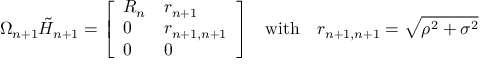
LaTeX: \Omega _ { n + 1 } { \tilde { H } } _ { n + 1 } = { \left[ \begin{array} { l l } { R _ { n } } & { r _ { n + 1 } } \\ { 0 } & { r _ { n + 1 , n + 1 } } \\ { 0 } & { 0 } \end{array} \right] } \quad { \mathrm { w i t h } } \quad r _ { n + 1 , n + 1 } = { \sqrt { \rho ^ { 2 } + \sigma ^ { 2 } } }